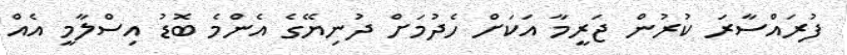
ފުރައްސާރަ ކުރުން ޖަރީމާ އަކަށް ހެދުމަށް ދުނިޔޭގެ އެންމެ ބޮޑު އިސްލާމީ އެއް